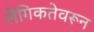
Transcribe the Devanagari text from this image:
लैंगिकतेवरून